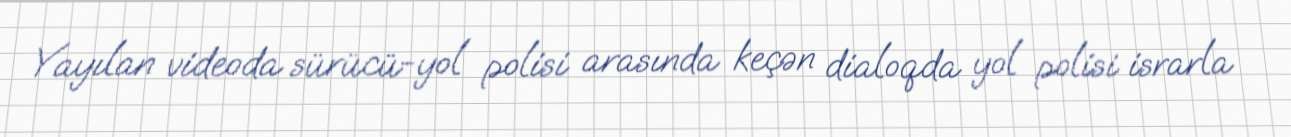
Yayılan videoda sürücü-yol polisi arasında keçən dialoqda yol polisi israrla